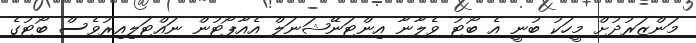
މަންޒަރުދުށް މީހަކު ބުނީ އެ ބޯޓު ވެލާނާ އިންޓަނޭޝަނަލް އެއާޕޯޓުން ނައްޓަލިއިރުވެސް ބޯޓުގެ